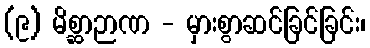
(၉) မိစ္ဆာဉာဏ - မှားစွာဆင်ခြင်ခြင်း၊